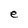
Character: e